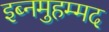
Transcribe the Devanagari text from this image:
इब्नमुहम्मद